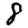
Digit: 8